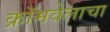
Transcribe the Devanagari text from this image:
क्रॉमवेलाचा